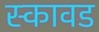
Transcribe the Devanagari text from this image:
स्कावड